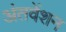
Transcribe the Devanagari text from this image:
अंतवेंशन